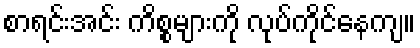
စာရင်းအင်း ကိစ္စများကို လုပ်ကိုင်နေကျ။